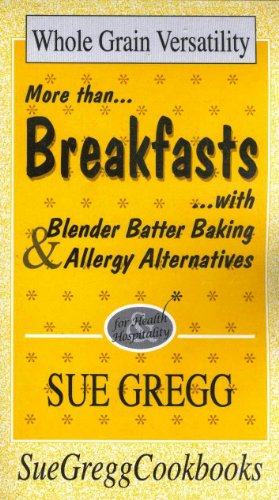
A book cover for Breakfasts: More Than Breakfasts With Blender Batter Baking & Allergy Alternatives; Sue Gregg; Cookbooks, Food & Wine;